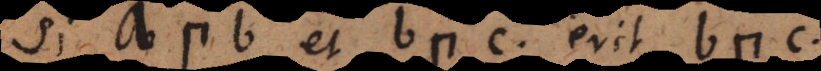
Si a C b et b C c erit a C